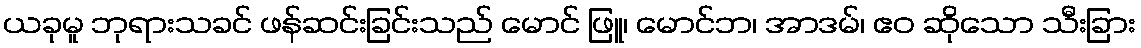
ယခုမူ ဘုရားသခင် ဖန်ဆင်းခြင်းသည် မောင် ဖြူ၊ မောင်ဘ၊ အာဒမ်၊ ဧဝ ဆိုသော သီးခြား